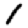
Digit: 1